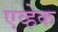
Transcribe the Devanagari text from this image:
एव्हेक